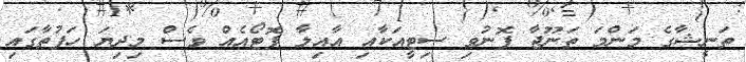
ތަނީޝާގެ މަންމަ ތަނޫޖާ ފޮނުވި ސިޓީއަކާއި އާއިލާ ފޮޓޯއެއް ވެސް މިދިޔަ ހަފުތާގައި